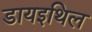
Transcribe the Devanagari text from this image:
डायइथिल